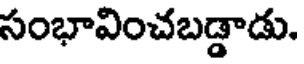
సంభావించబడ్డాడు.